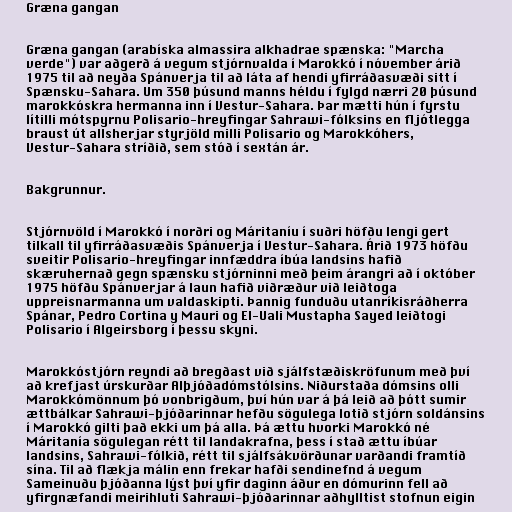
Græna gangan

Græna gangan (arabíska almassira alkhadrae spænska: "Marcha
verde") var aðgerð á vegum stjórnvalda í Marokkó í nóvember árið
1975 til að neyða Spánverja til að láta af hendi yfirráðasvæði sitt í
Spænsku-Sahara. Um 350 þúsund manns héldu í fylgd nærri 20 þúsund
marokkóskra hermanna inn í Vestur-Sahara. Þar mætti hún í fyrstu
lítilli mótspyrnu Polisario-hreyfingar Sahrawi-fólksins en fljótlegga
braust út allsherjar styrjöld milli Polisario og Marokkóhers,
Vestur-Sahara stríðið, sem stóð í sextán ár.

Bakgrunnur.

Stjórnvöld í Marokkó í norðri og Máritaníu í suðri höfðu lengi gert
tilkall til yfirráðasvæðis Spánverja í Vestur-Sahara. Árið 1973 höfðu
sveitir Polisario-hreyfingar innfæddra íbúa landsins hafið
skæruhernað gegn spænsku stjórninni með þeim árangri að í október
1975 höfðu Spánverjar á laun hafið viðræður við leiðtoga
uppreisnarmanna um valdaskipti. Þannig funduðu utanríkisráðherra
Spánar, Pedro Cortina y Mauri og El-Uali Mustapha Sayed leiðtogi
Polisario í Algeirsborg í þessu skyni.

Marokkóstjórn reyndi að bregðast við sjálfstæðiskröfunum með því
að krefjast úrskurðar Alþjóðadómstólsins. Niðurstaða dómsins olli
Marokkómönnum þó vonbrigðum, því hún var á þá leið að þótt sumir
ættbálkar Sahrawi-þjóðarinnar hefðu sögulega lotið stjórn soldánsins
í Marokkó gilti það ekki um þá alla. Þá ættu hvorki Marokkó né
Máritanía sögulegan rétt til landakrafna, þess í stað ættu íbúar
landsins, Sahrawi-fólkið, rétt til sjálfsákvörðunar varðandi framtíð
sína. Til að flækja málin enn frekar hafði sendinefnd á vegum
Sameinuðu þjóðanna lýst því yfir daginn áður en dómurinn fell að
yfirgnæfandi meirihluti Sahrawi-þjóðarinnar aðhylltist stofnun eigin